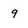
Character: 9